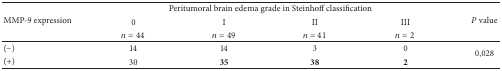
<table><thead><tr><td rowspan="3"><b>MMP-9 expression</b></td><td colspan="4"><b>Peritumoral brain edema grade in Steinhoff classification</b></td><td rowspan="3"><b><i>P</i> value</b></td></tr><tr><td><b>0</b></td><td><b>I</b></td><td><b>II</b></td><td><b>III</b></td></tr><tr><td><b><i>n</i> = 44</b></td><td><b><i>n</i> = 49</b></td><td><b><i>n</i> = 41</b></td><td><b><i>n</i> = 2</b></td></tr></thead><tbody><tr><td>(−)</td><td>14</td><td>14</td><td>3</td><td>0</td><td rowspan="2">0,028</td></tr><tr><td>(+)</td><td>30</td><td><b>35</b></td><td><b>38</b></td><td><b>2</b></td></tr></tbody></table>